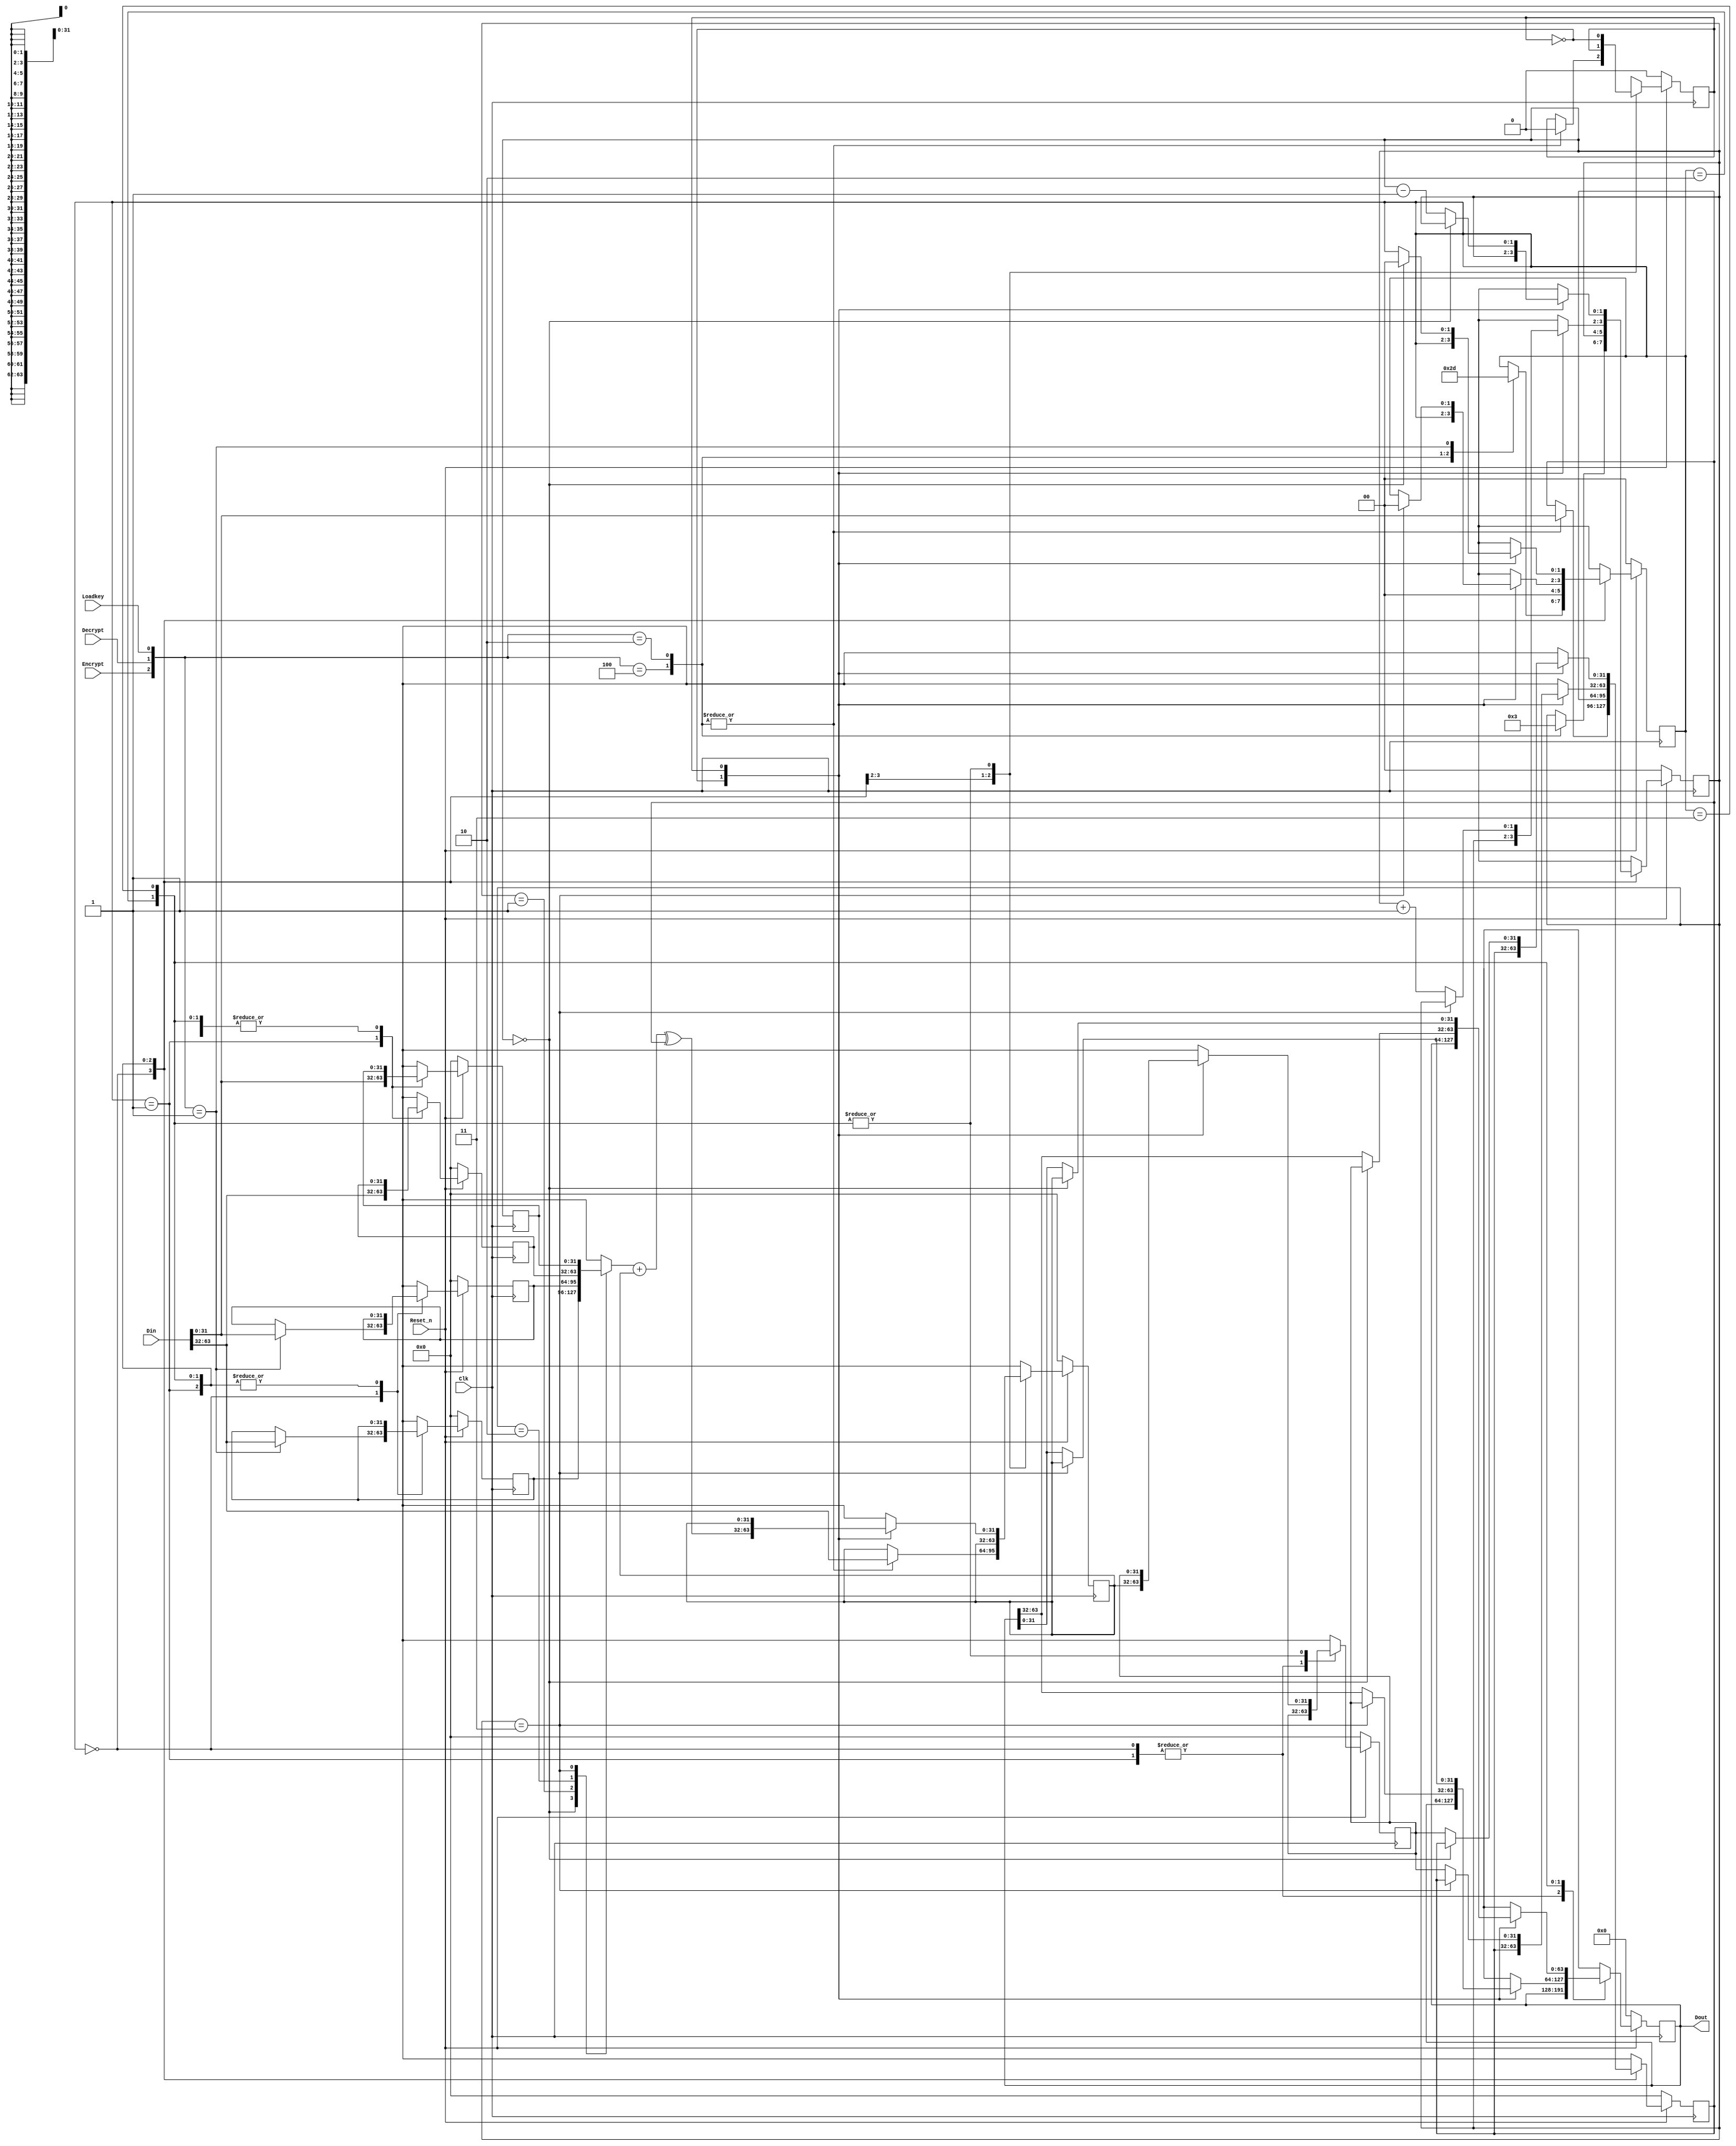
module SimpleFeistel(Clk, Reset_n, Din, Dout, Encrypt, Decrypt, Loadkey);
    input         Clk;		// system signals
    input 	  Reset_n;
    input [63:0]  Din; 		// data and key appear here
    output [63:0] Dout;		// output here
    input 	  Encrypt;	// control signals
    input 	  Decrypt;
    input 	  Loadkey;

    // These are Major states of the circuit
    parameter 	  IDLE=0;
    parameter 	  BUSY_KEY=1;
    parameter 	  BUSY_ENC=2;
    parameter 	  BUSY_DEC=3;

    // internal state registers
    reg [1:0] 	  State;
    reg 	  Phase;
    reg [1:0] 	  Round;

    reg [31:0] 	  Left, Right, Temp;	// working registers
    reg [63:0] 	  Dout; 		// stores output

    reg [31:0] 	  Key [0:3];

    integer 	  i;

    wire [31:0]   Fval;
    assign Fval = Key[ Round ] + Left;

    initial begin
	Dout = 0;
	State = IDLE;
	Phase = 0;
	Round = 0;
	Temp = 0;
	Left = 0;
	Right = 0;
	for (i=0; i<4; i=i+1) begin Key[i] = 0; end
    end

    always @ (posedge Clk) begin

	if (!Reset_n) begin: resetting
	    Dout = 0;
	    State = IDLE;
	    Phase = 0;
	    Round = 0;
	    Temp = 0;
	    Left = 0;
	    Right = 0;
	    for (i=0; i<4; i=i+1) begin Key[i] = 0; end
	end // resetting

	else begin
	    case (State)
	      IDLE: begin
		  case ( {Encrypt, Decrypt, Loadkey} )
		    3'b 100: begin: start_encr
			State = BUSY_ENC;
			Left = Din[63:32];
			Right = Din[31:0];
			Round = 0;
			Phase = 0;
		    end
		    3'b 010: begin: start_decr
			State = BUSY_DEC;
			Left = Din[63:32];
			Right = Din[31:0];
			Round = 3;
			Phase = 0;
		    end
		    3'b 001: begin: start_loading_key
			State = BUSY_KEY;
			Key[0] = Din[63:32];	// save first half of key
			Key[1] = Din[31:0];
		    end
		  endcase // start command

	      end // IDLE

	      BUSY_KEY: begin
		  State = IDLE;
		  Key[2] = Din[63:32];		// save rest of key
		  Key[3] = Din[31:0];
	      end

	      BUSY_ENC: begin
		  case (Phase)
		    0: begin 
			Temp = Left;
			Left = Fval ^ Right;
		    end
		    1: begin
			if (Round == 3) begin
			    Dout[63:32] = Temp;
			    Dout[31:0] = Left;
			    State = IDLE;
			end
			else begin
			    Round = Round +1;
			    Right = Temp;
			end
		    end
		  endcase // Phase
		  Phase = ~Phase;
	      end

	      BUSY_DEC: begin
		  case (Phase)
		    0: begin
			Temp = Left;
			Left = Fval ^ Right;
		    end
		    1: begin
			if (Round == 0) begin
			    Dout[63:32] = Temp;
			    Dout[31:0] = Left;
			    State = IDLE;
			end
			else begin
			    Round = Round - 1;
			    Right = Temp;
			end
		    end

		  endcase // Phase
		  Phase = ~Phase;
	      end

	    endcase // State

	end // else
    end // always

endmodule // SimpleFeistel